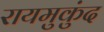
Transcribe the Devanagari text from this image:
रायमुकुंद